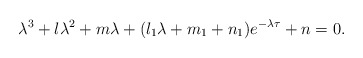
\begin{align*}\lambda^{3}+l\lambda^{2}+m\lambda+(l_{1}\lambda+m_{1}+n_{1})e^{-\lambda\tau}+n = 0.\end{align*}